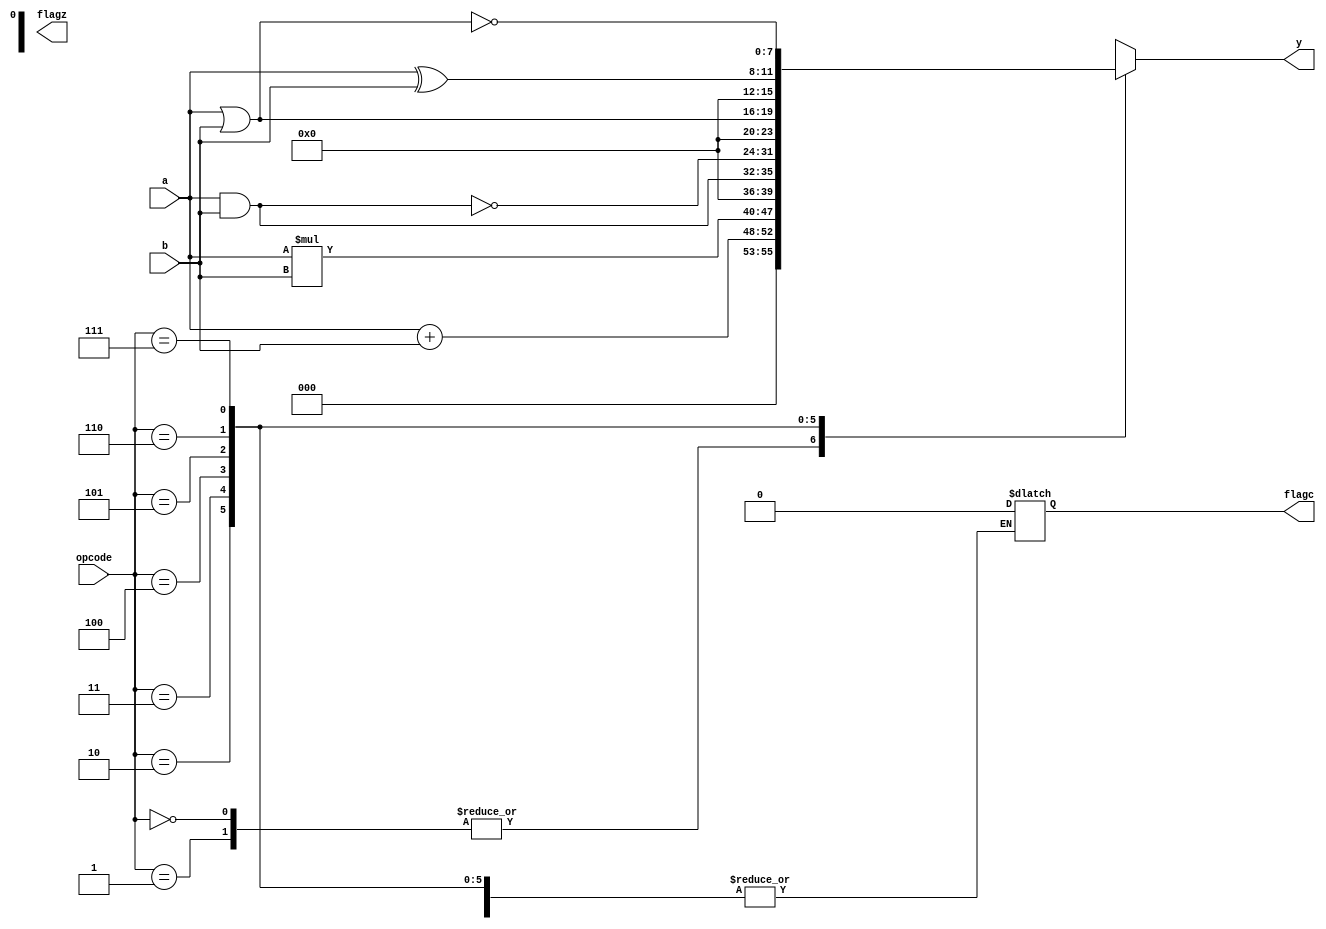
// Code your design here
// through behavioural level modelling in  verilog 
module Alu(
  input [3:0] a, b , input [2:0] opcode , 
  output reg  flagc , flagz , output reg [7:0] y );
  
parameter Add = 3'b000  , sub  = 3'b001  , multi = 3'b010  ,AND =3'b011   , 
 NAND  = 3'b100,  OR = 3'b101  , EXOR = 3'b110 , NOR = 3'b111  ;  
  
  always@(*)
    begin 
      case(opcode)
       Add : begin  y = a+b ;
         flagc = y[5];
         flagz = (y[8]==3'b0);
       end
       sub : begin  y = a+b ;

         flagz = (y[8]==3'b0);
       end
       multi : begin  y = a*b ;

         flagz = (y[8]==3'b0);
       end
       AND : begin  y = a&b ;

         flagz = (y[8]==3'b0);
       end
        NAND : begin  y = ~(a&b) ;

         flagz = (y[8]==3'b0);
       end
                 
      OR : begin  y = a|b ;

         flagz = (y[8]==3'b0);
       end
       EXOR : begin  y = a^b ;

         flagz = (y[8]==3'b0);
       end
        NOR : begin  y = ~(a|b) ;

         flagz = (y[8]==3'b0);
       end
       default : begin y = 8'bx ;
                   flagc = 1'bx;
               flagz = 1'bx;
       end
       
      
      endcase
    end
endmodule

//---------------------------------------------------
//testbench for ARITHMETIC AND LOGIC UNIT 
// Code your testbench here
 
module tb ;
  reg [3:0] a;reg [3:0] b ;
  reg [2:0] opcode ;
 wire flagc ;
 wire  flagz  ;
  wire [7:0] y ;
  Alu uut(  .a(a) , .b(b) , .opcode(opcode) , .y(y) , .flagc(flagc) , .flagz(flagz));
  
  
  initial begin
    $dumpfile("test.vcd");
    $dumpvars(1 ,a ,b, opcode , flagc ,flagz, y  );
    
    a = 4'b000  ;
    b = 4'b000  ;
   
      #5 a= 4'b0010  ;b = 4'b0011 ; opcode = 3'b000;
       #5 a= 4'b0010 ; b = 4'b0011 ; opcode = 3'b001;
       #5 a= 4'b0010 ; b = 4'b0011 ; opcode = 3'b011;
       #5 a= 4'b0010 ; b = 4'b0011 ; opcode = 3'b100;
       #5 a= 4'b0010 ; b = 4'b0011 ; opcode = 3'b101;
      
      
    end 
endmodule